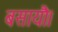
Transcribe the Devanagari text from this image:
बसायौ।